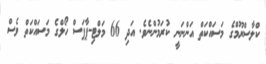
ކްލާސްރޫމްގެ މަސައްކަތް އަންނަނީ ކުރަމުންނެވެ. އަދި 66 މަލްޓި-ޕާޕަސް ހޯލްގެ މަސައްކަތް ވެސް